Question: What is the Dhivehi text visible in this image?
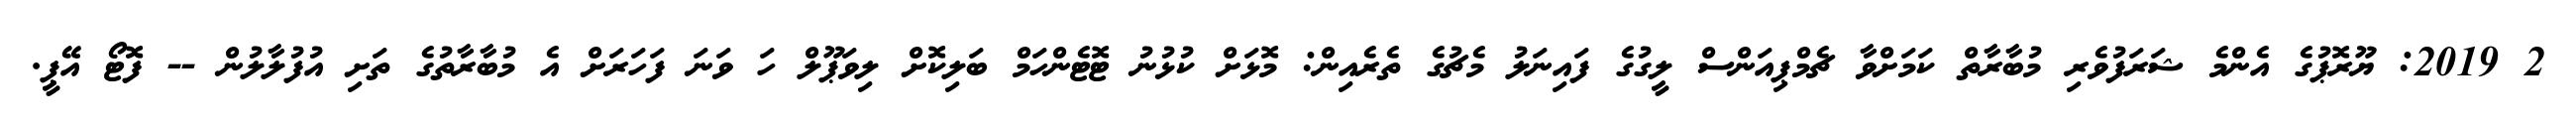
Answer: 2 2019: ޔޫރޮޕުގެ އެންމެ ޝަރަފުވެރި މުބާރާތް ކަމަށްވާ ޗެމްޕިއަންސް ލީގުގެ ފައިނަލު މެޗުގެ ތެރެއިން: މޮޅަށް ކުޅުނު ޓޮޓެންހަމް ބަލިކޮށް ލިވަޕޫލް ހަ ވަނަ ފަހަރަށް އެ މުބާރާތުގެ ތަށި އުފުލާލުން -- ފޮޓޯ އޭޕީ.